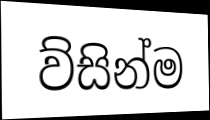
ව්සින්ම